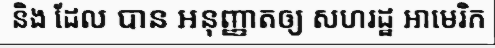
និង ដែល បាន អនុញ្ញាតឲ្យ សហរដ្ឋ អាមេរិក